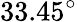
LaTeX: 33.45^{\circ}